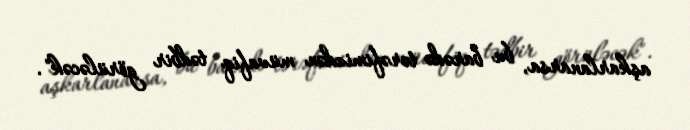
aşkarlanarsa, bu barədə tərəfimizdən müvafiq tədbir görüləcək".